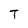
Character: T